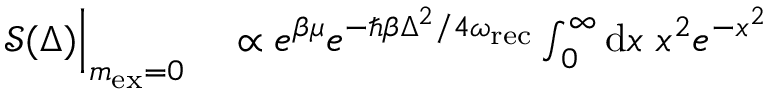
\begin{array} { r l } { \mathcal { S } ( \Delta ) \Big | _ { m _ { \mathrm { e x } } = 0 } } & { { } \propto e ^ { \beta \mu } e ^ { - \hbar \beta \Delta ^ { 2 } / 4 \omega _ { \mathrm { r e c } } } \int _ { 0 } ^ { \infty } \mathrm { d } x \ x ^ { 2 } e ^ { - x ^ { 2 } } } \end{array}